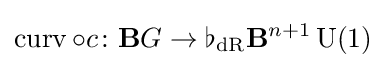
\operatorname {curv} \circ c\colon \mathbf {B} G\rightarrow \flat _{\mathrm {dR} }\mathbf {B} ^{n+1}\operatorname {U} (1)